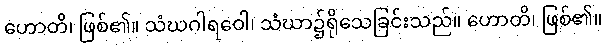
ဟောတိ၊ ဖြစ်၏။ သံဃဂါရဝေါ၊ သံဃာ၌ရိုသေခြင်းသည်။ ဟောတိ၊ ဖြစ်၏။